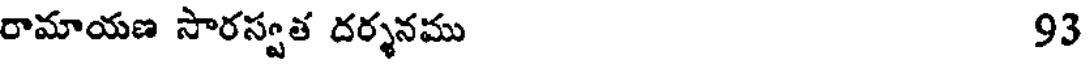
రామాయణ సారస్వత దర్శనము 93